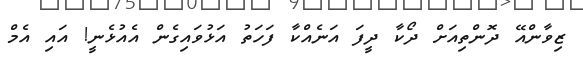
ޒިވާންއޭ ދޮންތިއަށް ދޯކާ ދީފަ އަނެއްކާ ފަހަތު އަޅުވައިގެން އެއުޅެނީ! އައި އެމް